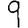
Digit: 9